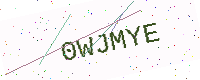
Text: 0WJMYE